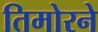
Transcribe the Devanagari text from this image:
तिमोरने